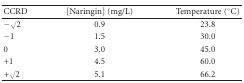
<table><thead><tr><td><b>CCRD</b></td><td><b>[Naringin] (mg/L)</b></td><td><b>Temperature (°C)</b></td></tr></thead><tbody><tr><td>−<i>√</i>2</td><td>0.9</td><td>23.8</td></tr><tr><td>−1</td><td>1.5</td><td>30.0</td></tr><tr><td>0</td><td>3.0</td><td>45.0</td></tr><tr><td>+1</td><td>4.5</td><td>60.0</td></tr><tr><td>+<i>√</i>2</td><td>5.1</td><td>66.2</td></tr></tbody></table>